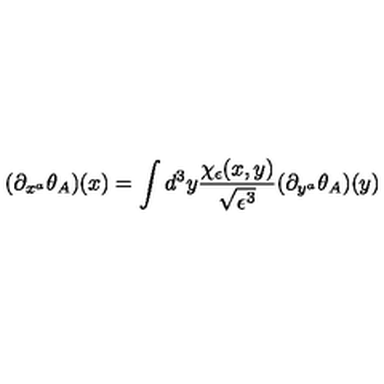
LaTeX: ( \partial _ { x ^ { a } } \theta _ { A } ) ( x ) = \int d ^ { 3 } y \frac { \chi _ { \epsilon } ( x , y ) } { \sqrt { \epsilon ^ { 3 } } } ( \partial _ { y ^ { a } } \theta _ { A } ) ( y )